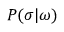
P ( \sigma \vert \omega )